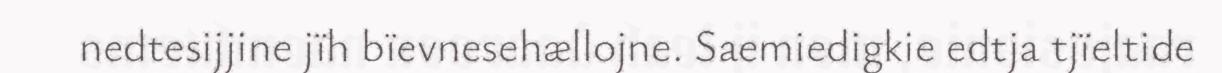
nedtesijjine jïh bïevnesehællojne. Saemiedigkie edtja tjïeltide